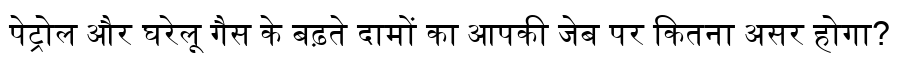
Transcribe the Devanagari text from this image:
पेट्रोल और घरेलू गैस के बढ़ते दामों का आपकी जेब पर कितना असर होगा?